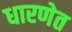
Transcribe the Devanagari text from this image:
धारणेत